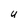
Character: u